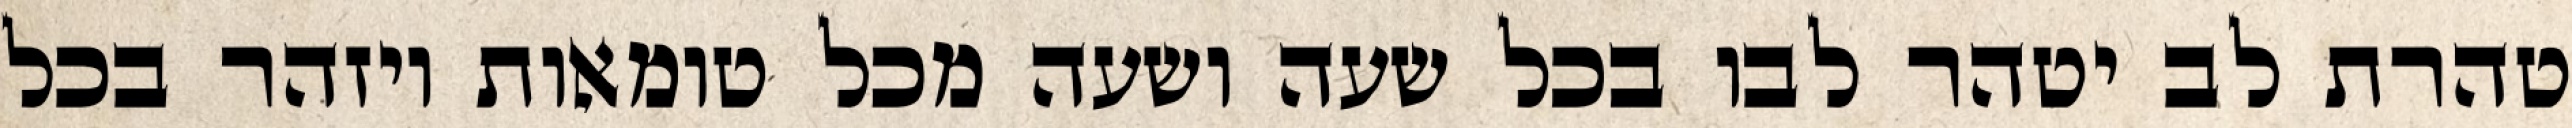
טהרת לב יטהר לבו בכל שעה ושעה מכל טומאות ויזהר בכל